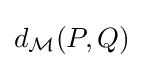
d_{\mathcal {M}}(P,Q)